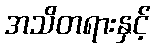
အသိတရားနှင့်